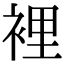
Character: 裡